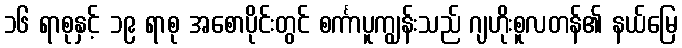
၁၆ ရာစုနှင့် ၁၉ ရာစု အစောပိုင်းတွင် စင်္ကာပူကျွန်းသည် ဂျဟိုးစူလတန်၏ နယ်မြေ